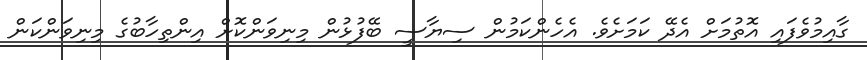
ގާއިމުވެފައި އޮތުމަށް އެދޭ ކަމަށެވެ. އެހެންކަމުން ސިޔާސީ ބޭފުޅުން މިނިވަންކޮށް އިންތިހާބުގެ މިނިވަންކަން